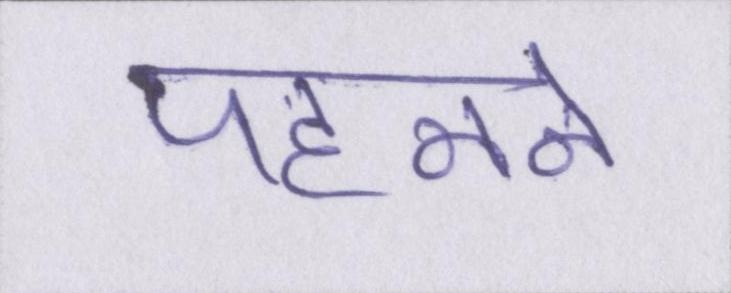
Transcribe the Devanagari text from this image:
पहनने